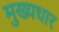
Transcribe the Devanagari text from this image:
मुख्यधार